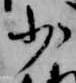
少